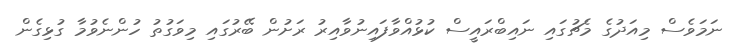
ނަމަވެސް މިއަދުގެ މެޗުގައި ނައިބްރައީސް ކުޅުއްވާފައިނުވާއިރު ރަށުން ބޭރުގައި މިވަގުތު ހުންނެވުމާ ގުޅިގެން